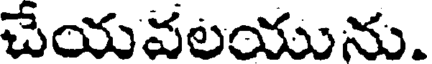
చేయవలయును.